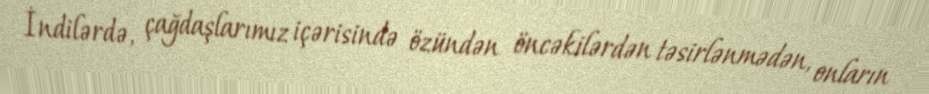
İndilərdə, çağdaşlarımız içərisində özündən öncəkilərdən təsirlənmədən, onların